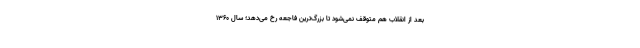
بعد از انقلاب هم متوقف نمی‌شود تا بزرگ‌ترین فاجعه رخ می‌دهد؛ سال ۱۳۶۰